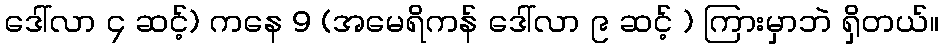
ဒေါ်လာ ၄ ဆင့်) ကနေ 9 (အမေရိကန် ဒေါ်လာ ၉ ဆင့် ) ကြားမှာဘဲ ရှိတယ်။